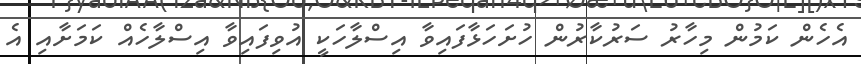
އެހެން ކަމުން މިހާރު ސަރުކާރުން ހުށަހަޅާފައިވާ އިސްލާހަކީ އުވިފައިވާ އިސްލާހެއް ކަމަށާއި އެ